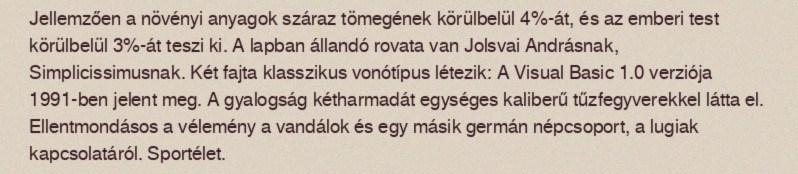
Jellemzően a növényi anyagok száraz tömegének körülbelül 4%-át, és az emberi test körülbelül 3%-át teszi ki. A lapban állandó rovata van Jolsvai Andrásnak, Simplicissimusnak. Két fajta klasszikus vonótípus létezik: A Visual Basic 1.0 verziója 1991-ben jelent meg. A gyalogság kétharmadát egységes kaliberű tűzfegyverekkel látta el. Ellentmondásos a vélemény a vandálok és egy másik germán népcsoport, a lugiak kapcsolatáról. Sportélet.